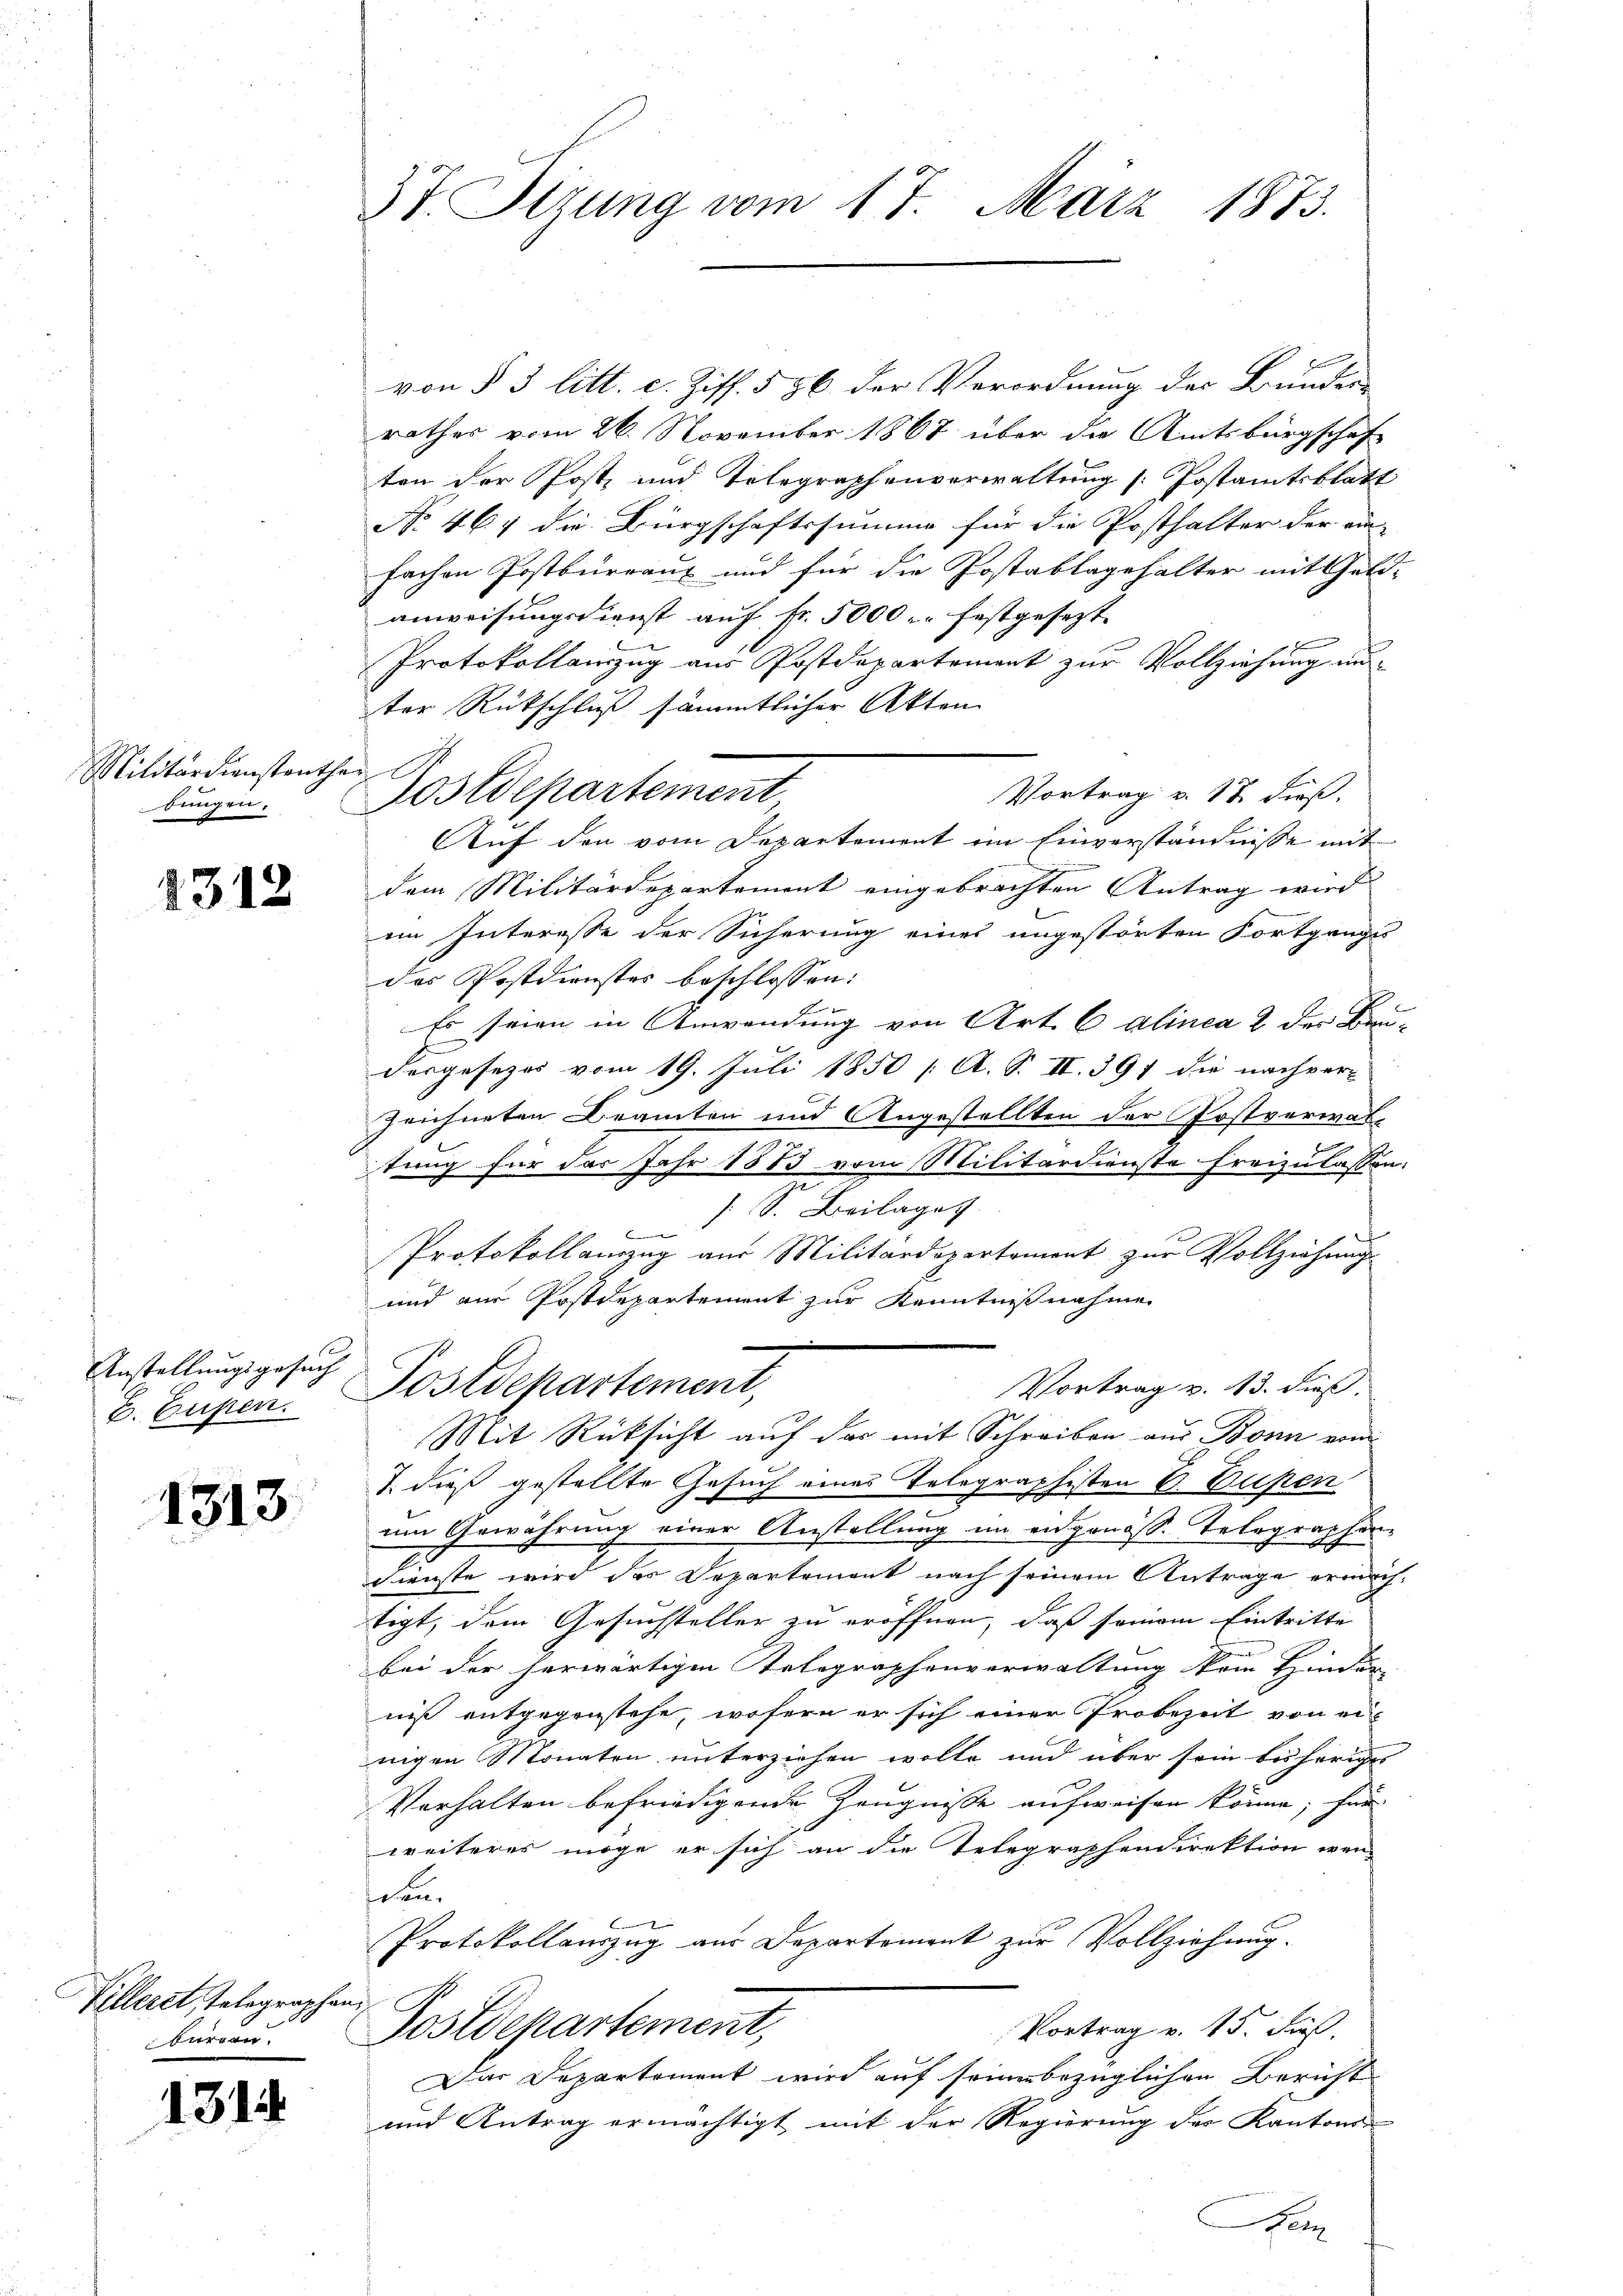
Militärdienstanther
bungen.

1312

Anstellungsgesuch
E. Eugen.

1313

Villeret, Telegraphen.
burren.

1314.

37. Sizung vom 17. März 1873.

von § 3 litt. c. Ziff. 586 der Verordnung der Bunder
rathes vom 26. November 1867 über die Amtsbürgschaf
ten der Post- und Telegraphenverwaltung [Postamtsblatt
No 464 die Bürgschaftssumme für die Posthalter der ein-
fachen Postbureaux und für die Postablagehalter mit Geld-
anweisungsdienst auf Fr. 5000 u. festgesezt.
Protokollanzug aus Postdepartement zur Vollziehung un-
ter Rückschluß sämmtlicher Akten
Vortrag v. 17. dieß,
Nostdepartement
Auf den vom Departement im Einverständnisse mit
dem Militärdepartement eingebrachten Antrag wird
iin Interesse der Sicherung eines ungestörten Fortgange
das Postdienstes beschlossen:
Er seien in Anwendung von Art. 6 alinea 2 der Bru-
E
dergesezes vom 19. Juli 1850 / A. S. II. 391 die nachver-
zeichneten Dramten und Angestellten der Postverwal-
tung für das Jahr 1873 vom Militärdienste freizulassen:
[S. Beilage
B
Protokollauszug aus Militärdepartement zur Vollziehung
und aus Postdepartement zur Kenntnißnahme
Vortrag v. 13. dieß.
Postdepartement,
Mit Rücksicht auf das mit Schreiben aus Bonn von
1. dieß gestellte Gesuch eines Telegraphisten 6. Eupen
um Gewährung einer Anstellung im eidgenöss. Telegraphen-
Dienste wird des Departement nach seinem Antrage ermächtigt, dem Gesuchsteller zu eröffnen, daß seien Eintritte
bei der herwärtigen Telegraphenverwaltung kein Hindar-
niß entgegenstehe, wofern er sich einer Probezeit von einigen Monaten unterziehen wolle und über sein bisheriges
Verhalten befriedigende Zeugnisse aufweisen könne; für
weiteres möge er sich an die Telegraphendirektion wen
schen.
Protokollauszug aus Departement zur Vollziehung.
Vortrag v. 15. dieß,
Postdepartement,
Das Departement wird auf seinen bezüglichen Bericht
und Antrag ermächtigt mit der Regierung des Kantons-
Stern